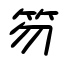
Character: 笏